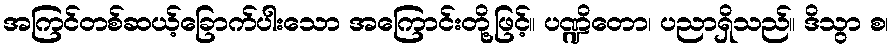
အကြင်တစ်ဆယ့်ခြောက်ပါးသော အကြောင်းတို့ဖြင့်။ ပဏ္ဍိတော၊ ပညာရှိသည်။ ဒိသွာ စ၊